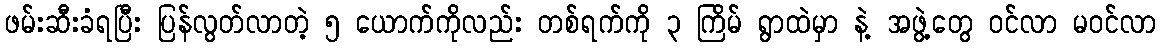
ဖမ်းဆီးခံရပြီး ပြန်လွတ်လာတဲ့ ၅ ယောက်ကိုလည်း တစ်ရက်ကို ၃ ကြိမ် ရွာထဲမှာ နဲ့ အဖွဲ့တွေ ဝင်လာ မဝင်လာ